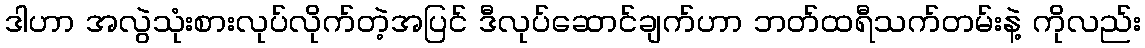
ဒါဟာ အလွဲသုံးစားလုပ်လိုက်တဲ့အပြင် ဒီလုပ်ဆောင်ချက်ဟာ ဘတ်ထရီသက်တမ်းနဲ့ ကိုလည်း